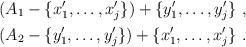
LaTeX: \begin{gather*} (A_1-\{x'_1,\dots,x'_j\})+\{y'_1,\dots,y'_j\}\ ,\\ (A_2-\{y'_1,\dots,y'_j\})+\{x'_1,\dots,x'_j\}\ .\end{gather*}